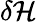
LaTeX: \delta\mathcal{H}